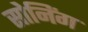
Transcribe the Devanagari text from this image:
सोनिंग